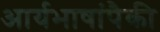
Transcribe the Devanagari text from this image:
आर्यभाषांपैकी